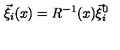
\vec { \xi } _ { i } ( x ) = R ^ { - 1 } ( x ) \vec { \xi } _ { i } ^ { 0 }